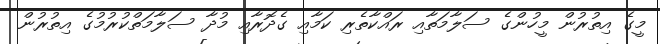
މީގެ އިތުރުން މީހުންގެ ސަލާމަތާއި ރައްކާތެރި ކަމާއި ގެދޮރާއި މުދާ ސަލާމަތްކުރުމުގެ އިތުރުން